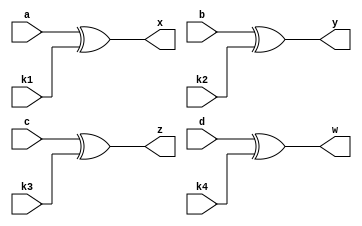
/*
-------------------ADD ROUND MODULE---------------------

The INPUT...
* 4*4 matrix enters in 4 wires a,b,c,d ...EVERY WIRE REPRESENTS A ROW
* 4*4 matrix(key) enters in 4 wires k1,k2,k3,k4 ...EVERY WIRE REPRESENTS A ROW
The OUTPUT is 4*4 matrix enters in 4 wires x,y,z,w ...EVERY WIRE REPRESENTS A ROW
*/
module add_round_key (a,b,c,d,k1,k2,k3,k4,x,y,z,w);
//input state matrix  
  input [31:0] a;
  input [31:0] b;
  input [31:0] c;
  input [31:0] d;
//key matrix  
  input [31:0] k1;
  input [31:0] k2;
  input [31:0] k3;
  input [31:0] k4;
//output state matrix
  output [31:0] x;
  output [31:0] y;
  output [31:0] z;
  output [31:0] w;
// the output state matrix = the input state matix (XOR) the round key...   
  assign x=a^k1;
  assign y=b^k2;
  assign z=c^k3;
  assign w=d^k4;
  
endmodule
/*
module add_round_key_test;
   
   reg  [31:0]    cipher_data0,cipher_data1,cipher_data2,cipher_data3,
              cipher_key0,cipher_key1,cipher_key2,cipher_key3;
   wire [31:0]   x,y,z,w;
   
   add_round_key dut(cipher_data0,cipher_data1,cipher_data2,cipher_data3,
              	           cipher_key0,cipher_key1,cipher_key2,cipher_key3,x,y,z,w);
   

//inputs
//key
initial 
begin
  cipher_key0 = 32'h03020100;
  cipher_key1 = 32'h07060504;
  cipher_key2 = 32'h0b0a0908;
  cipher_key3 = 32'h0f0e0d0c;
end            

//cifer data
initial 
begin
  cipher_data0 = 32'h33221100;
  cipher_data1 = 32'h77665544;
  cipher_data2 = 32'hbbaa9988;
  cipher_data3 = 32'hffeeddcc;
end            
//ffeeddcc bbaa9988 77665544 33221100

endmodule
 */